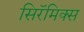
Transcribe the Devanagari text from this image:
सिरॅमिक्स